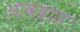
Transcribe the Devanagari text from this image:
आवदांड